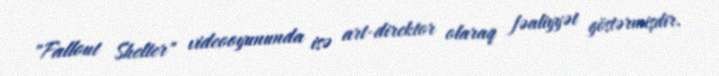
"Fallout Shelter" videooyununda isə art-direktor olaraq fəaliyyət göstərmişdir.